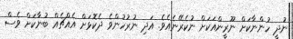
ނުދީ ހުންނާކަށް ނޫރީންއަކަށް ނުކެރޭނެއެވެ. އަދި ނުރުހުންވެ ދެކޮޅަށް އެއްޗެއް ބުނާކަށް ވެސް